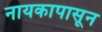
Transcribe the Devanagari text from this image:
नायकापासून